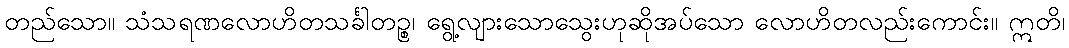
တည်သော။ သံသရဏလောဟိတသင်္ခါတဉ္စ၊ ရွေ့လျားသောသွေးဟုဆိုအပ်သော လောဟိတလည်းကောင်း။ ဣတိ၊